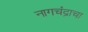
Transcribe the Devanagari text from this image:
नागचंद्राचा